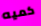
كميه